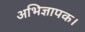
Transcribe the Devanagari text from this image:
अभिज्ञापक।